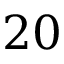
2 0